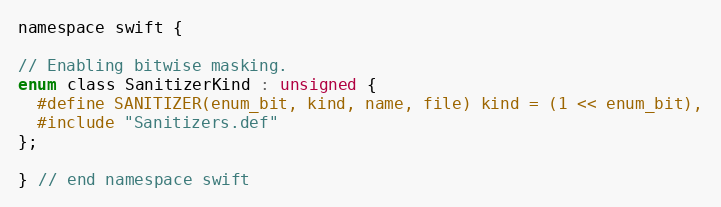
Language: C
namespace swift {

// Enabling bitwise masking.
enum class SanitizerKind : unsigned {
  #define SANITIZER(enum_bit, kind, name, file) kind = (1 << enum_bit),
  #include "Sanitizers.def"
};

} // end namespace swift